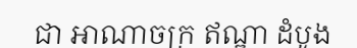
ជា អាណាចក្រ ឥណ្ឌា ដំបូង